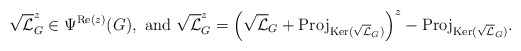
\begin{align*} \sqrt{\mathcal{L}}_{G}^z\in \Psi^{\textnormal{Re}(z)}(G), \textnormal{ and } \sqrt{\mathcal{L}}_{G}^z=\left(\sqrt{\mathcal{L}}_{G}+\textnormal{Proj}_{\textnormal{Ker}(\sqrt{\mathcal{L}}_{G})}\right)^z- \textnormal{Proj}_{\textnormal{Ker}(\sqrt{\mathcal{L}}_{G})}.\end{align*}